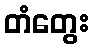
တံတွေး